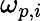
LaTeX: \mathbf{\omega}_{p,i}